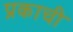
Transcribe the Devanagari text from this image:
प्रकाची